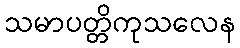
သမာပတ္တိကုသလေန